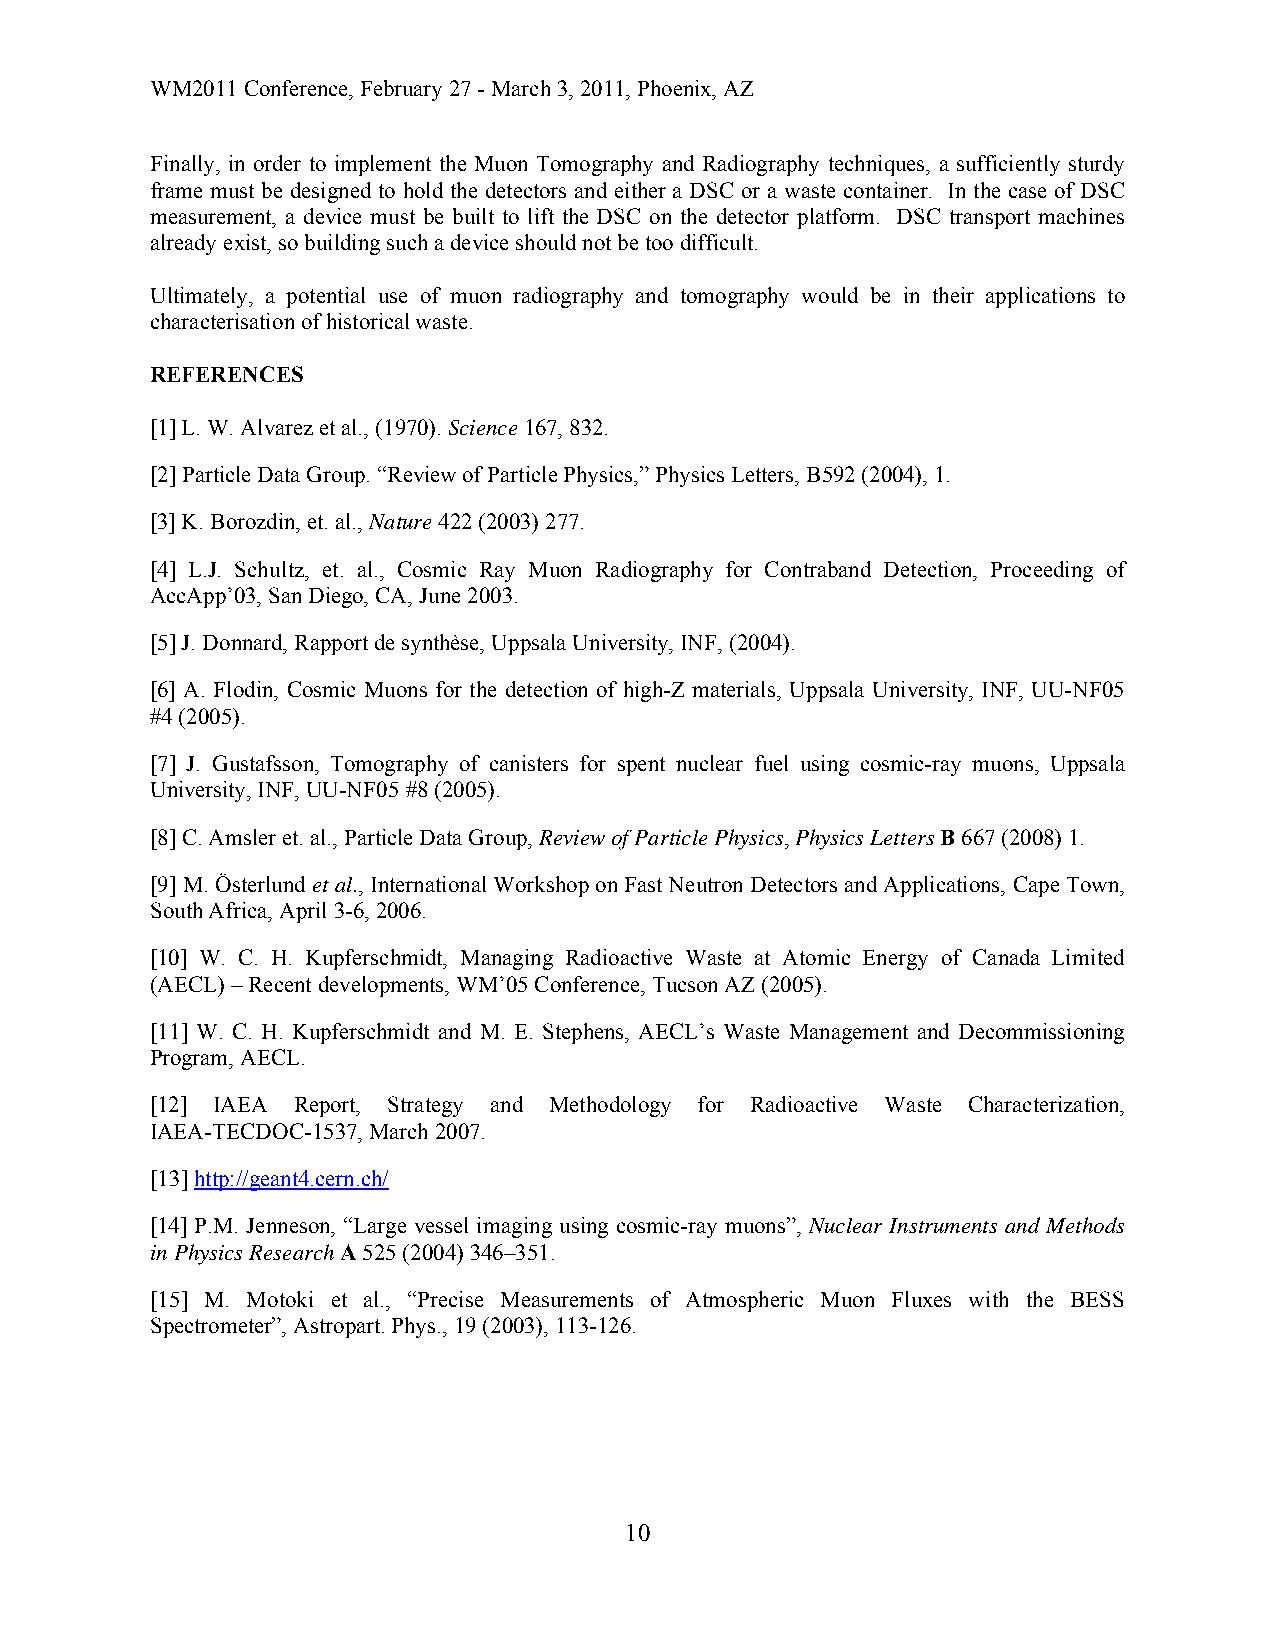
WM2011 Conference, February 27 - March 3, 2011, Phoenix, AZ
 Finally, in order to implement the Muon Tomography and Radiography techniques, a sufficiently sturdy
 frame must be designed to hold the detectors and either a DSC or a waste container. In the case of DSC
 measurement, a device must be built to lift the DSC on the detector platform. DSC transport machines
 already exist, so building such a device should not be too difficult.
 Ultimately, a potential use of muon radiography and tomography would be in their applications to
 characterisation of historical waste.
 REFERENCES
 [1] L. W. Alvarez et al., (1970). Science 167, 832.
 [2] Particle Data Group. “Review of Particle Physics,” Physics Letters, B592 (2004), 1.
 [3] K. Borozdin, et. al., Nature 422 (2003) 277.
 [4] L.J. Schultz, et. al., Cosmic Ray Muon Radiography for Contraband Detection, Proceeding of
 AccApp’03, San Diego, CA, June 2003.
 [5] J. Donnard, Rapport de synthèse, Uppsala University, INF, (2004).
 [6] A. Flodin, Cosmic Muons for the detection of high-Z materials, Uppsala University, INF, UU-NF05
 #4 (2005).
 [7] J. Gustafsson, Tomography of canisters for spent nuclear fuel using cosmic-ray muons, Uppsala
 University, INF, UU-NF05 #8 (2005).
 [8] C. Amsler et. al., Particle Data Group, Review of Particle Physics, Physics Letters B 667 (2008) 1.
 [9] M. Österlund et al., International Workshop on Fast Neutron Detectors and Applications, Cape Town,
 South Africa, April 3-6, 2006.
 [10] W. C. H. Kupferschmidt, Managing Radioactive Waste at Atomic Energy of Canada Limited
 (AECL) – Recent developments, WM’05 Conference, Tucson AZ (2005).
 [11] W. C. H. Kupferschmidt and M. E. Stephens, AECL’s Waste Management and Decommissioning
 Program, AECL.
 [12] IAEA Report, Strategy and Methodology for Radioactive Waste Characterization,
 IAEA-TECDOC-1537, March 2007.
 [13] http://geant4.cern.ch/
 [14] P.M. Jenneson, “Large vessel imaging using cosmic-ray muons”, Nuclear Instruments and Methods
 in Physics Research A 525 (2004) 346–351.
 [15] M. Motoki et al., “Precise Measurements of Atmospheric Muon Fluxes with the BESS
 Spectrometer”, Astropart. Phys., 19 (2003), 113-126.
 10